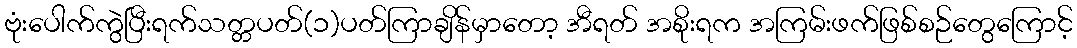
ဗုံးပေါက်ကွဲပြီးရက်သတ္တပတ်(၁)ပတ်ကြာချိန်မှာတော့ အီရတ် အစိုးရက အကြမ်းဖက်ဖြစ်စဉ်တွေကြောင့်